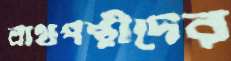
বাথপন্থীদের